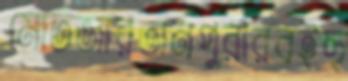
মোর্তজারতানপুরারবইছ